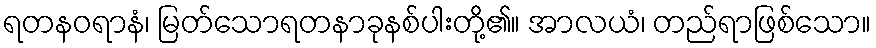
ရတနဝရာနံ၊ မြတ်သောရတနာခုနစ်ပါးတို့၏။ အာလယံ၊ တည်ရာဖြစ်သော။